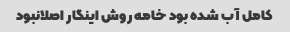
کامل آب شده بود خامه روش اینگار اصلانبود